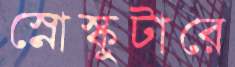
স্নোস্কুটারে